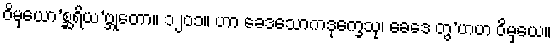
ဝိမှယော’စ္ဆရိယ’ဗ္ဘုတော။ ၁၂၀၁။ ဟာ ခေဒသောကဒုက္ခေသု၊ ခေဒေ တွ’ဟဟ ဝိမှယေ။